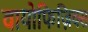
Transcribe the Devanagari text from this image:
वायोफिज़िक्स